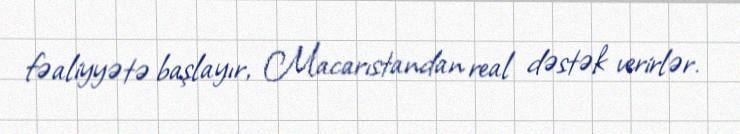
fəaliyyətə başlayır, Macarıstandan real dəstək verirlər.